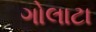
ગોલાટા